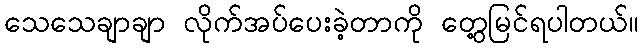
သေသေချာချာ လိုက်အပ်ပေးခဲ့တာကို တွေ့မြင်ရပါတယ်။